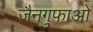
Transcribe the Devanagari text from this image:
जैनगुफाओं